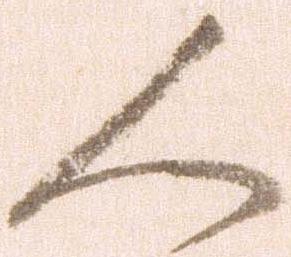
人